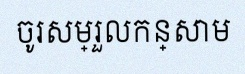
ចូរសម្រួលកន្សោម